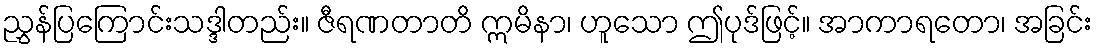
ညွှန်ပြကြောင်းသဒ္ဒါတည်း။ ဇီရဏတာတိ ဣမိနာ၊ ဟူသော ဤပုဒ်ဖြင့်။ အာကာရတော၊ အခြင်း